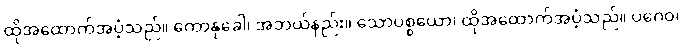
ထိုအထောက်အပံ့သည်။ ကောနုခေါ၊ အဘယ်နည်း။ သောပစ္စယော၊ ထိုအထောက်အပံ့သည်။ ပဂေဝ၊